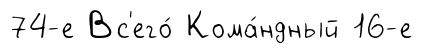
74-е Вс'его́ Кома́ндный 16-е